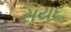
સયદ